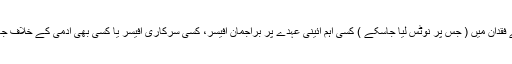
عدالت کو یہ لگا کہ کسی ٹھوس قانونی ثبوت کے فقدان میں ( جس پر نوٹس لیا جاسکے ) کسی اہم آئینی عہدے پر براجمان آفیسر، کسی سرکاری آفیسر یا کسی بھی آدمی کے خلاف جانچ کا حکم دینے میں احتیاط سے کام لینا چاہئے۔